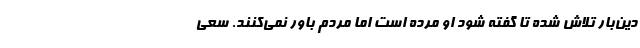
دین‌بار تلاش شده تا گفته شود او مرده است اما مردم باور نمی‌کنند. سعی